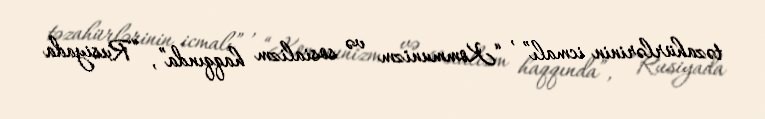
təzahürlərinin icmalı” , “Kommunizm və sosializm haqqında”, “Rusiyada